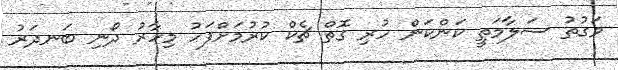
ވަގުތު ސަލާމަތީ ކަންކަން ހުރި ގޮތް ޗެކް ކުރުމަށްފަހު މިހާރު ދޯނި ބަނދަރު